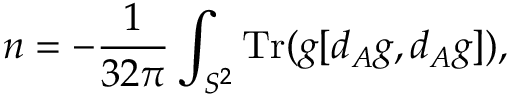
n = - \frac { 1 } { 3 2 \pi } \int _ { S ^ { 2 } } \mathrm { T r } ( g [ d _ { A } g , d _ { A } g ] ) ,